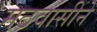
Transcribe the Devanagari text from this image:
मठवासीने